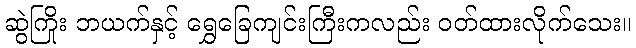
ဆွဲကြိုး ဘယက်နှင့် ရွှေခြေကျင်းကြီးကလည်း ဝတ်ထားလိုက်သေး။